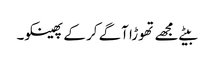
بیٹے مجھے تھوڑا آگے کر کے پھینکو۔